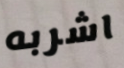
اشربه